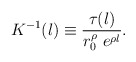
\begin{align*}K^{-1}(l) \equiv \frac{\tau(l)}{r_0^{\rho} ~ e^{\rho l}}.\end{align*}